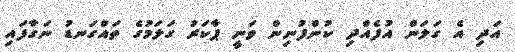
އަދި އެ ގަލަން އުފެއްދި ކުންފުނިން ވަނީ ޕާކަރު ގަލަމުގެ ތައްގަނޑު ނަގާފައި